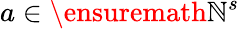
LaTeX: a\in\ensuremath{\mathbb{N}}^{s}